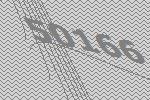
50166